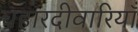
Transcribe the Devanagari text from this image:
चहारदीवारियाँ